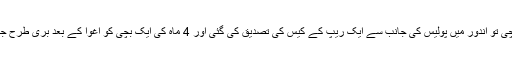
آئی ٹی وی کے مطابق جب ان کی ٹیم بھارت پہنچی تو اندور میں پولیس کی جانب سے ایک ریپ کے کیس کی تصدیق کی گئی اور 4 ماہ کی ایک بچی کو اغوا کے بعد بری طرح جنسی تشدد کا نشانہ بنا گیا اور اسے قتل کردیا گیا۔